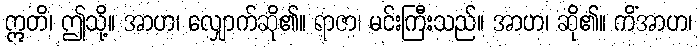
ဣတိ၊ ဤသို့။ အာဟ၊ လျှောက်ဆို၏။ ရာဇာ၊ မင်းကြီးသည်။ အာဟ၊ ဆို၏။ ကိံအာဟ၊